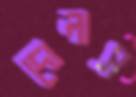
দোলাস